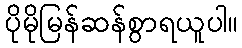
ပိုမိုမြန်ဆန်စွာရယူပါ။